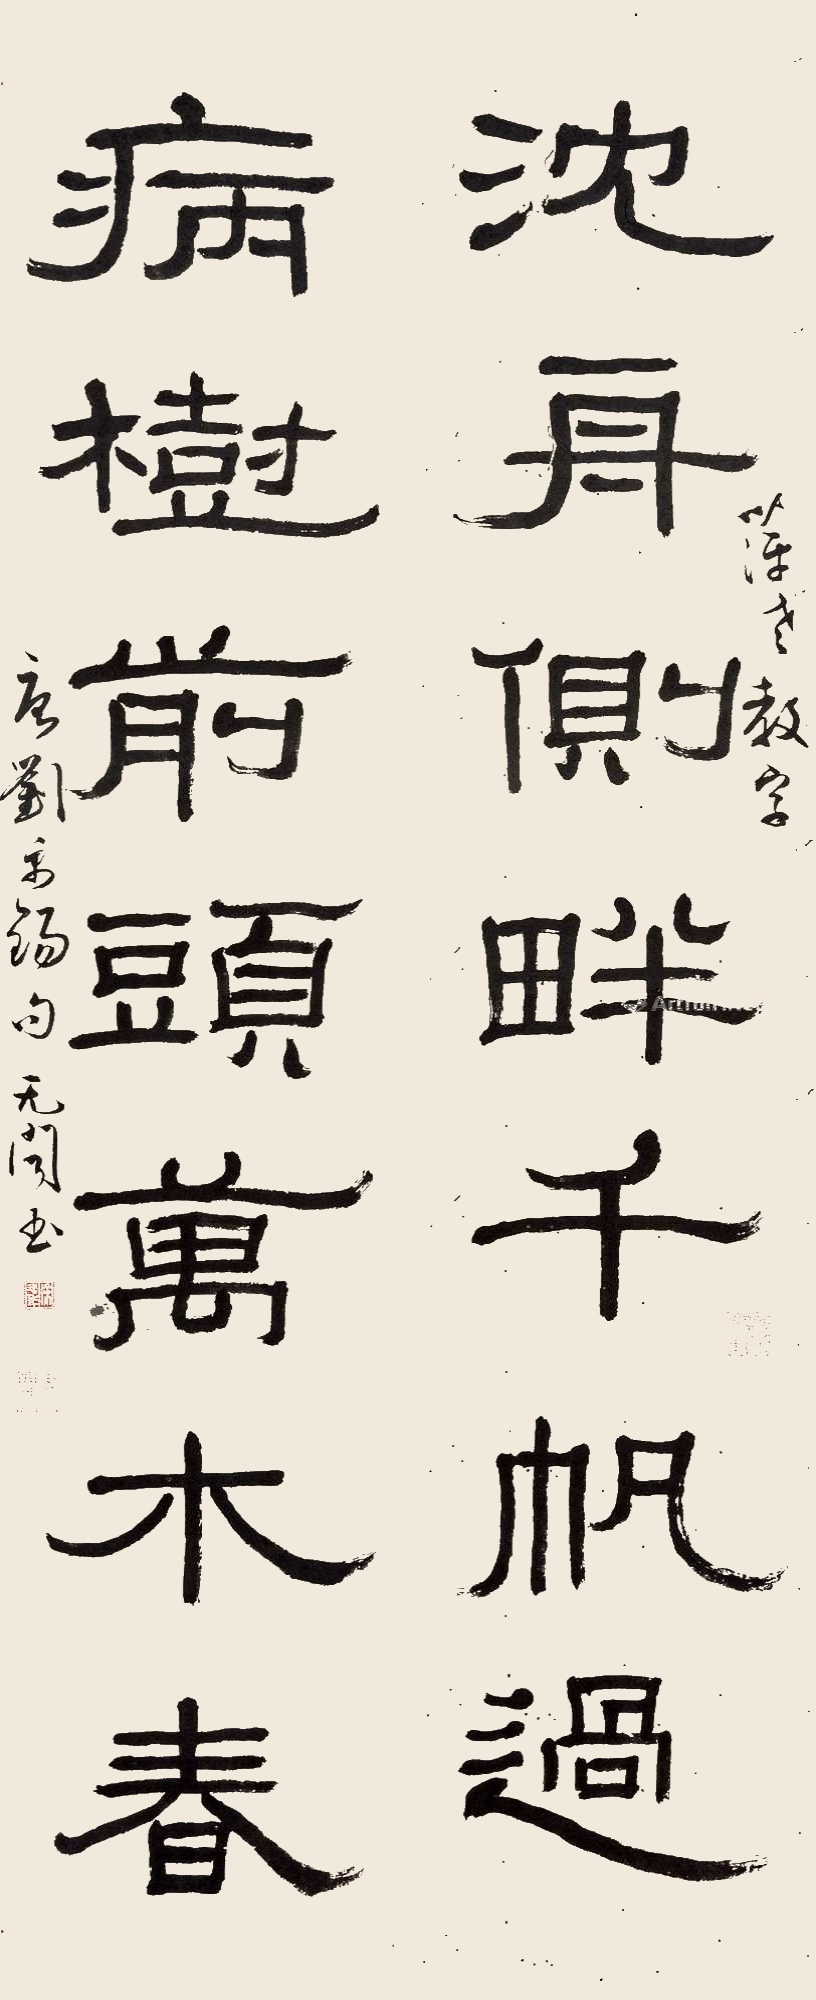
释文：沉舟侧畔千帆过，病树前头万木春。萍老教字，唐刘禹锡句，无闻书。